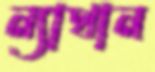
ন্যাথান